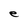
Character: e